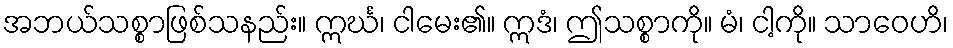
အဘယ်သစ္စာဖြစ်သနည်း။ ဣင်္ဃ၊ ငါမေး၏။ ဣဒံ၊ ဤသစ္စာကို။ မံ၊ ငါ့ကို။ သာဝေဟိ၊